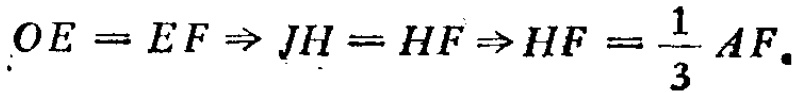
\(OE = EF \Rightarrow JH = HF \Rightarrow HF = \frac{1}{3}AF.\)